Annual report of the Imperial Bacteriologist
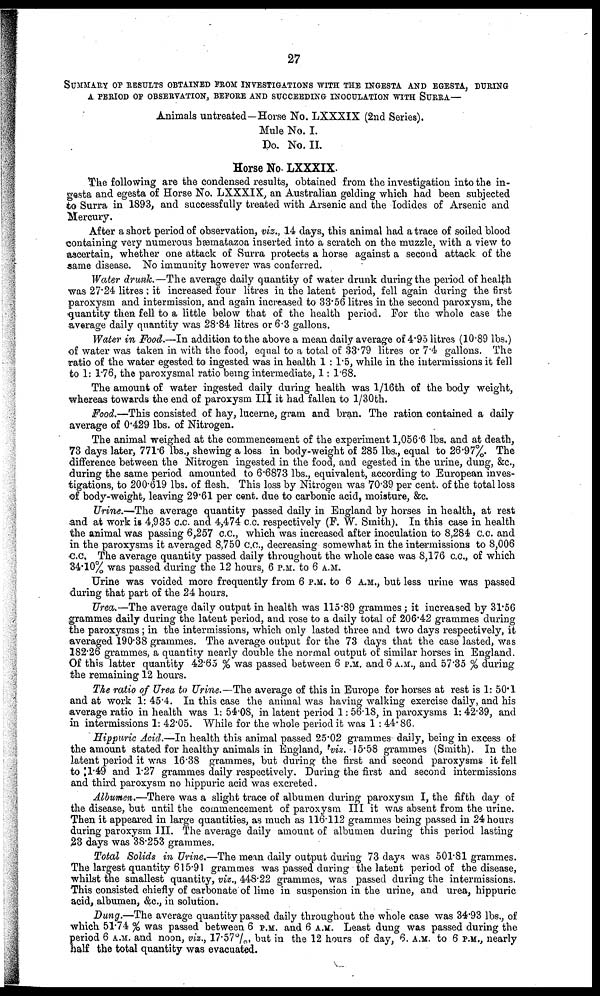
27
SUMMARY OF RESULTS OBTAINED FROM INVESTIGATIONS WITH THE INGESTA
A PERIOD OF OBSERVATION, BEFORE AND SUCCEEDING INOCULATION WITH S
Animals untreated—Horse No. LXXXIX (2nd Series).
Mule No. I.
Do. No. II.
Horse No. LXXXIX.
The following are the condensed results, obtained from the investigation into the in-
gesta and egesta of Horse No. LXXXIX, an Australian gelding which had been subjected
to Surra in 1893, and successfully treated with Arsenic and the Iodides of Arsenic and
Mercury.
After a short period of observation, viz., 14 days, this animal had a trace of soiled blood
containing very numerous hæmatazoa inserted into a scratch on the muzzle, with a view to
ascertain, whether one attack of Surra protects a horse against a second attack of the
same disease. No immunity however was conferred.
Water drunk.—The average daily quantity of water drunk during the period of health
was 27.24 litres; it increased four litres in the latent period, fell again during the first
paroxysm and intermission, and again increased to 33.56 litres in the second paroxysm, the
quantity then fell to a little below that of the health period. For the whole case the
average daily quantity was 28.84 litres or 6.3 gallons.
Water in Food.—In addition to the above a mean daily average of 4.95 litres (10.89 lbs.)
of water was taken in with the food, equal to a total of 33.79 litres or 7.4 gallons. The
ratio of the water egested to ingested was in health 1 : 1.5, while in the intermissions it fell
to 1: 1.76, the paroxysmal ratio being intermediate, 1: 1.68.
The amount of water ingested daily during health was 1/16th of the body weight,
whereas towards the end of paroxysm III it had fallen to 1/30th.
Food.—This consisted of hay, lucerne, gram and bran. The ration contained a daily
average of 0.429 lbs. of Nitrogen.
The animal weighed at the commencement of the experiment 1,056.6 lbs. and at death,
73 days later, 771.6 lbs., shewing a loss in body-weight of 285 lbs., equal to 26.97%. The
difference between the Nitrogen ingested in the food, and egested in the urine, dung, &c.,
during the same period amounted to 6.6873 lbs., equivalent, according to European inves-
tigations, to 200.619 lbs. of flesh. This loss by Nitrogen was 70.39 per cent. of the total loss
of body-weight, leaving 29.61 per cent. due to carbonic acid, moisture, &c.
Urine.—The average quantity passed daily in England by horses in health, at rest
and at work is 4,935 c.c. and 4,474 c.c. respectively (F. W. Smith). In this case in health
the animal was passing 6,257 c.c., which was increased after inoculation to 8,284 c.c. and
in the paroxysms it averaged 8,750 c.c., decreasing somewhat in the intermissions to 8,006
c.c. The average quantity passed daily throughout the whole case was 8,176 c.c., of which
34.10% was passed during the 12 hours, 6 P.M. to 6 A.M.
Urine was voided more frequently from 6 P.M. to 6 A.M., but less urine was passed
during that part of the 24 hours.
Urea.—The average daily output in health was 115.89 grammes ; it increased by 31.56
grammes daily during the latent period, and rose to a daily total of 206.42 grammes during
the paroxysms ; in the intermissions, which only lasted three and two days respectively, it
averaged 190.38 grammes. The average output for the 73 days that the case lasted, was
182.26 grammes, a quantity nearly double the normal output of similar horses in England.
Of this latter quantity 42.65 % was passed between 6 P.M. and 6 A.M., and 57.35 % during
the remaining 12 hours.
The ratio of Urea to Urine.—The average of this in Europe for horses at rest is 1: 50.1
and at work 1: 45.4. In this case the animal was having walking exercise daily, and his
average ratio in health was 1: 54.08, in latent period 1: 56.18, in paroxysms 1: 42.39, and
in intermissions 1: 42.05. While for the whole period it was 1 : 44. 86.
Hippuric Acid.—In health this animal passed 25.02 grammes daily, being in excess of
the amount stated for healthy animals in England, viz. 15.58 grammes (Smith). In the
latent period it was 16.38 grammes, but during the first and second paroxysms it fell
to 1.49 and 1.27 grammes daily respectively. During the first and second intermissions
and third paroxysm no hippuric acid was excreted.
Albumen.—There was a slight trace of albumen during paroxysm I, the fifth day of
the disease, but until the commencement of paroxysm III it was absent from the urine.
Then it appeared in large quantities, as much as 116.112 grammes being passed in 24 hours
during paroxysm III. The average daily amount of albumen during this period lasting
23 days was 38.253 grammes.
Total Solids in Urine.—The mean daily output during 73 days was 501.81 grammes.
The largest quantity 615.91 grammes was passed during the latent period of the disease,
whilst the smallest quantity, viz., 448.22 grammes, was passed during the intermissions.
This consisted chiefly of carbonate of lime in suspension in the urine, and urea, hippuric
acid, albumen, &c., in solution.
Dung.—The average quantity passed daily throughout the whole case was 34.93 lbs., of
which 51.74 % was passed between 6 P.M. and 6 A.M. Least dung was passed during the
period 6 A.M. and noon, viz., 17.57%, but in the 12 hours of day, 6. A.M. to 6 P.M., nearly
half the total quantity was evacuated.